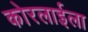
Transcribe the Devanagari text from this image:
कोरलाईला